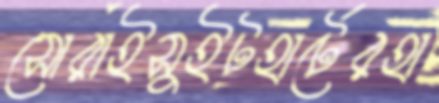
সোরাইসুইটহার্টেরহা